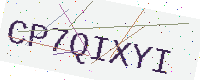
Text: CP7QIXYI